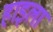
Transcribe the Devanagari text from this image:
हाइला